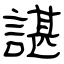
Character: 諶